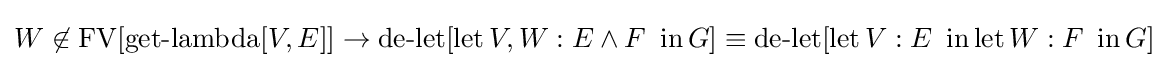
W\not \in \operatorname {FV} [\operatorname {get-lambda} [V,E]]\to \operatorname {de-let} [\operatorname {let} V,W:E\land F\ \operatorname {in} G]\equiv \operatorname {de-let} [\operatorname {let} V:E\ \operatorname {in} \operatorname {let} W:F\ \operatorname {in} G]